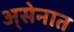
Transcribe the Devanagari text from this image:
अ्सेनात